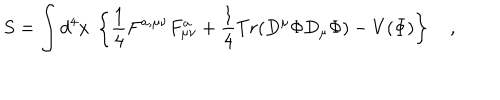
LaTeX: S = \int d ^ { 4 } x \ \left\{ \frac { 1 } { 4 } F ^ { a , \mu \nu } F _ { \mu \nu } ^ { a } + \frac { 1 } { 4 } T r ( D ^ { \mu } \Phi D _ { \mu } \Phi ) - V ( \Phi ) \right\} \quad ,